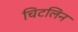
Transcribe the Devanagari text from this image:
चिटलिन